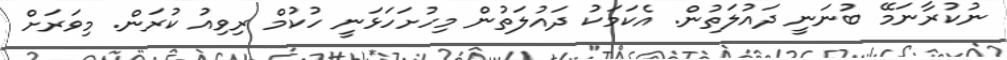
ނުކުރާނަމޭ ބުނަނީ ދައުލަތުން. އެކަމަކު ދައުލަތުން މިހުށަހަޅަނީ ހުކުމް ރިވިއު ކުރަން. މިވަރަށް